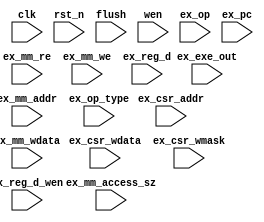
module reg_ex_mm1 (
//output

//input
            clk,
            rst_n,
            flush,
            wen,
            ex_csr_wdata,
            ex_csr_wmask,
            ex_csr_addr,
            ex_exe_out,
            ex_mm_access_sz,
            ex_mm_addr,
            ex_mm_re,
            ex_mm_we,
            ex_mm_wdata,
            ex_reg_d,
            ex_op,
            ex_op_type,
            ex_reg_d_wen,
            ex_pc);

input wire clk;
input wire rst_n;
input wire flush;
input wire wen;
input wire [31:0] ex_csr_wdata;
input wire [31:0] ex_csr_wmask;
input wire [13:0] ex_csr_addr;
input wire [31:0] ex_exe_out;
input wire [1:0] ex_mm_access_sz;
input wire [31:0] ex_mm_addr;
input wire ex_mm_re;
input wire ex_mm_we;
input wire [31:0] ex_mm_wdata;
input wire [4:0] ex_reg_d;
input wire [7:0] ex_op;
input wire [3:0] ex_op_type;
input wire ex_reg_d_wen;
input wire [31:0] ex_pc;

reg [31:0] csr_wdata;
reg [31:0] csr_wmask;
reg [31:0] csr_addr;
reg [31:0] exe_out;
reg [1:0] mm_access_sz;
reg [31:0] mm_addr;
reg mm_re;
reg mm_we;
reg [31:0] mm_wdata;
reg [4:0] reg_d;
reg [7:0] op;
reg [3:0] op_type;
reg reg_d_wen;
reg [31:0] pc;

always @(posedge clk ) begin
    if(!rst_n) begin
        csr_wdata <= 32'b0;
        csr_wmask <= 32'b0;
        csr_addr <= 32'b0;
        exe_out <= 32'b0;
        mm_access_sz <= 3'b0;
        mm_addr <= 32'b0;
        mm_re <= 1'b0;
        mm_we <= 1'b0;
        mm_wdata <= 32'b0;
        reg_d <= 5'b0;
        op <= 8'b0;
        op_type <= 3'b0;
        reg_d_wen <= 1'b0;
        pc <= 32'b0;
    end
    else if(wen) begin
        csr_wdata <= ex_csr_wdata;
        csr_wmask <= ex_csr_wmask;
        csr_addr <= ex_csr_addr;
        exe_out <= ex_exe_out;
        mm_access_sz <= ex_mm_access_sz;
        mm_addr <= ex_mm_addr;
        mm_re <= flush ? 0 : ex_mm_re;
        mm_we <= flush ? 0 : ex_mm_we;
        mm_wdata <= ex_mm_wdata;
        reg_d <= ex_reg_d;
        op <= flush ? 0 : ex_op;
        op_type <= flush ? 0 : ex_op_type;
        reg_d_wen <= flush ? 0 : ex_reg_d_wen;
        pc <= flush ? 0 : ex_pc;
    end
end

endmodule